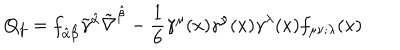
LaTeX: Q _ { f } = f _ { \hat { \alpha } \hat { \beta } } \tilde { \gamma } ^ { \hat { \alpha } } \tilde { \nabla } ^ { \hat { \beta } } - \frac { 1 } { 6 } \gamma ^ { \mu } ( x ) \gamma ^ { \nu } ( x ) \gamma ^ { \lambda } ( x ) f _ { \mu \nu ; \lambda } ( x )